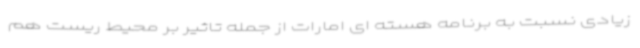
زیادی نسبت به برنامه هسته ای امارات از جمله تاثیر بر محیط ریست هم